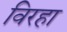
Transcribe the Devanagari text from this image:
विरहा